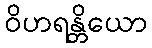
ဝိဟရန္တိယော